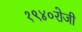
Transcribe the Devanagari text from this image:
१९४०रोजी